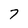
Character: 7